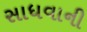
સાધવાની